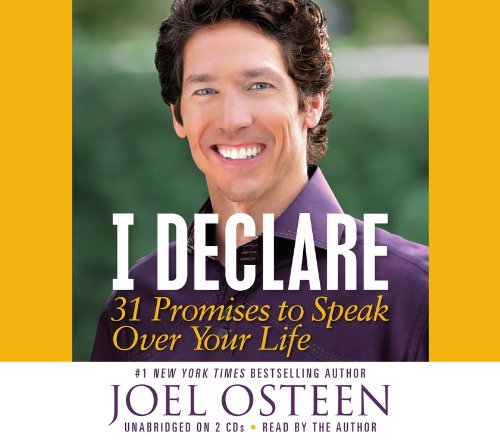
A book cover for I Declare: 31 Promises to Speak Over Your Life; Joel Osteen; Christian Books & Bibles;